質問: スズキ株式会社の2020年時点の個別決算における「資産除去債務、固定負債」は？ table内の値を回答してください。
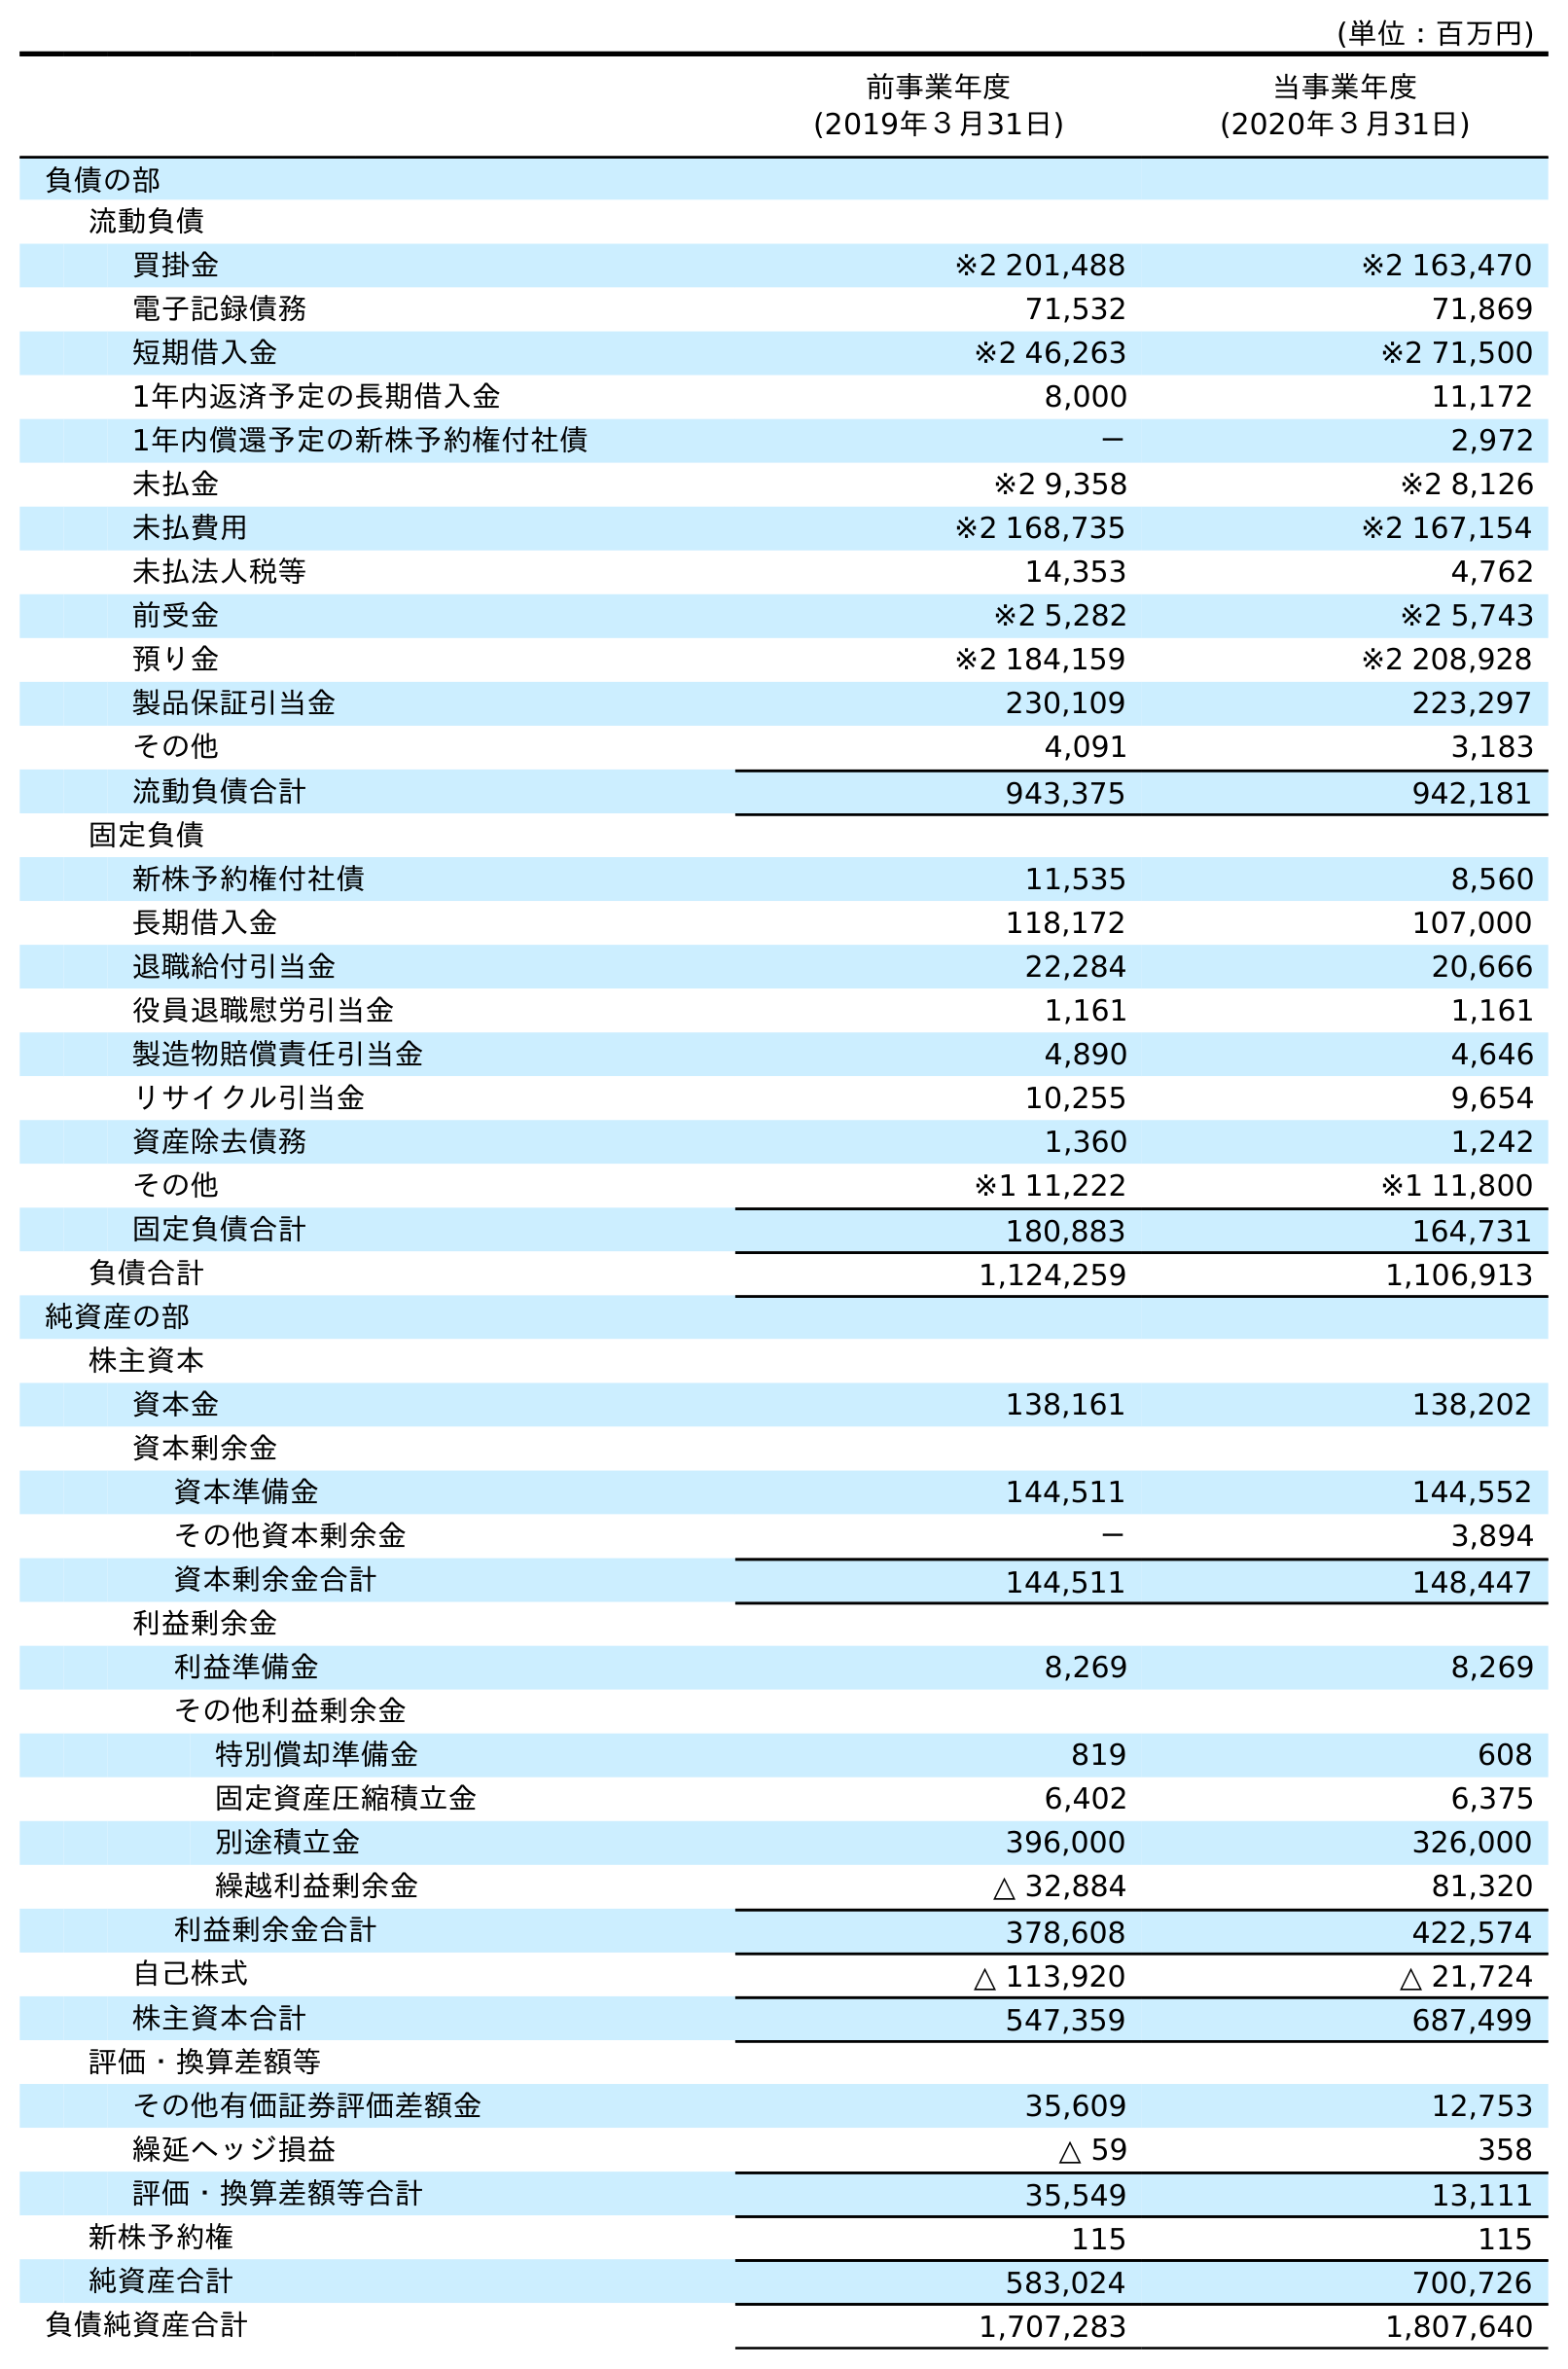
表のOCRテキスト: (単位：百万円) 前事業年度 (2019年３月31日) 当事業年度 (2020年３月31日) 負債の部 流動負債 買掛金 ※2 201,488 ※2 163,470 電子記録債務 71,532 71,869 短期借入金 ※2 46,263 ※2 71,500 1年内返済予定の長期借入金 8,000 11,172 1年内償還予定の新株予約権付社債 － 2,972 未払金 ※2 9,358 ※2 8,126 未払費用 ※2 168,735 ※2 167,154 未払法人税等 14,353 4,762 前受金 ※2 5,282 ※2 5,743 預り金 ※2 184,159 ※2 208,928 製品保証引当金 230,109 223,297 その他 4,091 3,183 流動負債合計 943,375 942,181 固定負債 新株予約権付社債 11,535 8,560 長期借入金 118,172 107,000 退職給付引当金 22,284 20,666 役員退職慰労引当金 1,161 1,161 製造物賠償責任引当金 4,890 4,646 リサイクル引当金 10,255 9,654 資産除去債務 1,360 1,242 その他 ※1 11,222 ※1 11,800 固定負債合計 180,883 164,731 負債合計 1,124,259 1,106,913 純資産の部 株主資本 資本金 138,161 138,202 資本剰余金 資本準備金 144,511 144,552 その他資本剰余金 － 3,894 資本剰余金合計 144,511 148,447 利益剰余金 利益準備金 8,269 8,269 その他利益剰余金 特別償却準備金 819 608 固定資産圧縮積立金 6,402 6,375 別途積立金 396,000 326,000 繰越利益剰余金 △ 32,884 81,320 利益剰余金合計 378,608 422,574 自己株式 △ 113,920 △ 21,724 株主資本合計 547,359 687,499 評価・換算差額等 その他有価証券評価差額金 35,609 12,753 繰延ヘッジ損益 △ 59 358 評価・換算差額等合計 35,549 13,111 新株予約権 115 115 純資産合計 583,024 700,726 負債純資産合計 1,707,283 1,807,640
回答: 1,242